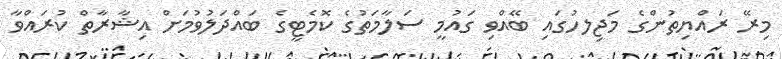
މިރޭ ރައްޔިތުންގެ މަޖިލހުގައި ބޭއްވި ގައުމީ ސަލާމަތުގެ ކޮމެޓީގެ ބައްދަލުވުމަށް އިޝާރާތް ކުރައްވާ